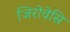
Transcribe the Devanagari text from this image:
जिरोवेसि